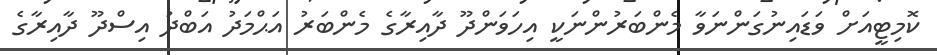
ކޮމިޓީއަށް ވަޑައިނުގަންނަވާ މެންބަރުންނަކީ އިހަވަންދޫ ދާއިރާގެ މެންބަރު އަޙްމަދު އަބްދު އިސްދޫ ދާއިރާގެ